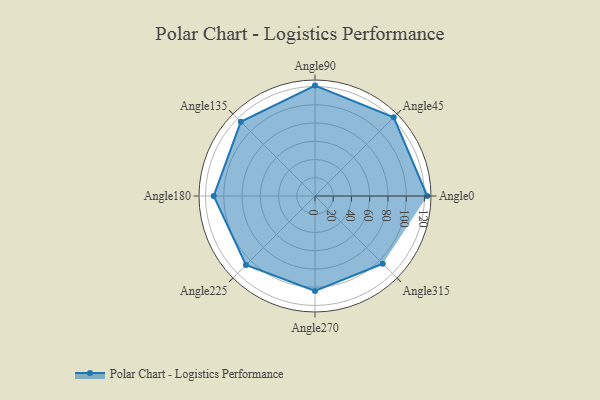
{"axis": {"x": "Angle", "y": "Radius"}, "legend": [""], "data": [{"x": "Angle0", "y": 123.0, "type": ""}, {"x": "Angle45", "y": 122.0, "type": ""}, {"x": "Angle90", "y": 121.0, "type": ""}, {"x": "Angle135", "y": 115.0, "type": ""}, {"x": "Angle180", "y": 111.0, "type": ""}, {"x": "Angle225", "y": 107.0, "type": ""}, {"x": "Angle270", "y": 104.0, "type": ""}, {"x": "Angle315", "y": 105.0, "type": ""}]}